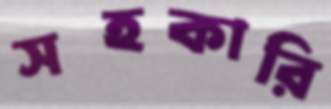
সহকারি